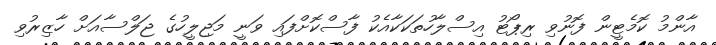
އާންމު ކޮމެޓީން ފޮނުވި ރިޕޯޓު އިސްލާހުތަކަކާއެކު ފާސްކޮށްފައި ވަނީ މަޖިލީހުގެ ޖަލްސާއަށް ހާޒިރުވި